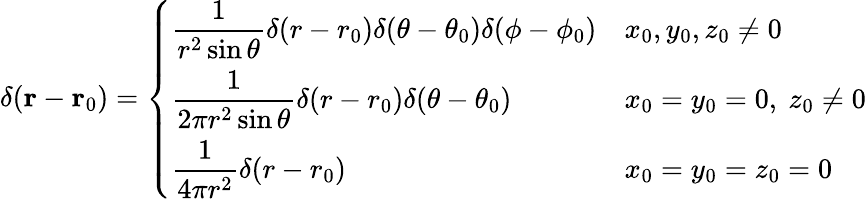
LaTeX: \delta(\mathbf{r}-\mathbf{r}_{0})={\left\{ \begin{array}{ll}{\displaystyle{\frac{1}{r^{2}\sin\theta}}\delta(r-r_{0})\delta(\theta-\theta_{0})\delta(\phi-\phi_{0})}&{x_{0},y_{0},z_{0}\neq 0}\\ {\displaystyle{\frac{1}{2\pi r^{2}\sin\theta}}\delta(r-r_{0})\delta(\theta-\theta_{0})}&{x_{0}=y_{0}=0,\ z_{0}\neq 0}\\ {\displaystyle{\frac{1}{4\pi r^{2}}}\delta(r-r_{0})}&{x_{0}=y_{0}=z_{0}=0}\end{array}\right.}